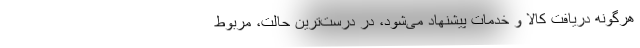
هرگونه دریافت کالا و خدمات پیشنهاد می‌شود، در درست‌ترین حالت، مربوط